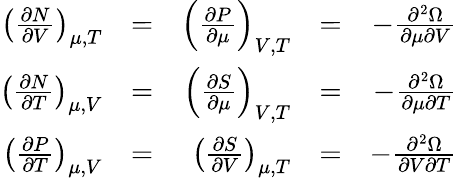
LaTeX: {\begin{array}{rlrlr}{\left({\frac{\partial N}{\partial V}}\right)_{\mu,T}}&{=}&{\left({\frac{\partial P}{\partial\mu}}\right)_{V,T}}&{=}&{-{\frac{\partial^{2}\Omega}{\partial\mu\partial V}}}\\ {\left({\frac{\partial N}{\partial T}}\right)_{\mu,V}}&{=}&{\left({\frac{\partial S}{\partial\mu}}\right)_{V,T}}&{=}&{-{\frac{\partial^{2}\Omega}{\partial\mu\partial T}}}\\ {\left({\frac{\partial P}{\partial T}}\right)_{\mu,V}}&{=}&{\left({\frac{\partial S}{\partial V}}\right)_{\mu,T}}&{=}&{-{\frac{\partial^{2}\Omega}{\partial V\partial T}}}\end{array}}